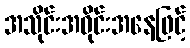
အသိုင်းအဝိုင်းအနေဖြင့်